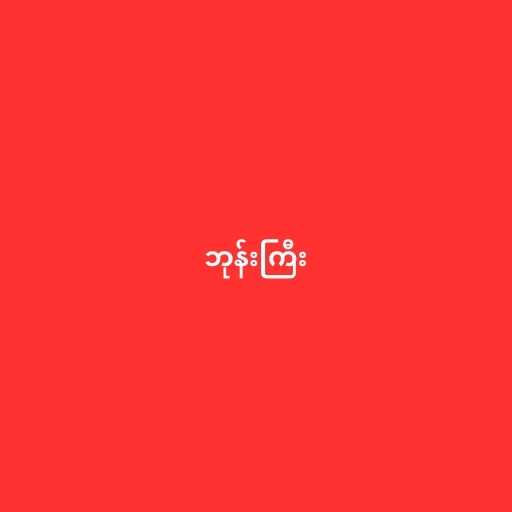
ဘုန်းကြီး